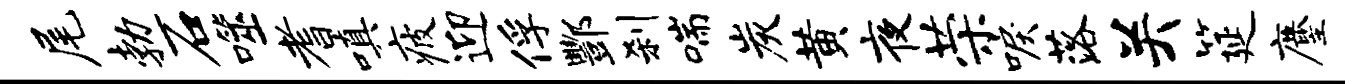
尾勃石噬耆嗔疲迎俘酆刹喘炭黄夜荣唳落关筵麈